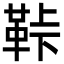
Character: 鞐